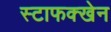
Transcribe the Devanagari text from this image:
स्टाफक्खेन